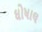
ઘોષાલ